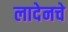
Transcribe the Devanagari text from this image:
लादेनचे